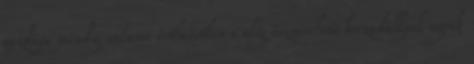
gazdája mindig valami érthetetlen s alig észrevehető borzadállyal ugrik